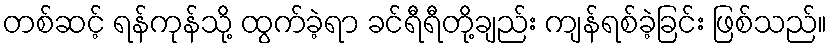
တစ်ဆင့် ရန်ကုန်သို့ ထွက်ခဲ့ရာ ခင်ရီရီတို့ချည်း ကျန်ရစ်ခဲ့ခြင်း ဖြစ်သည်။